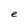
Character: e